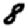
Digit: 8